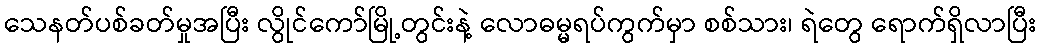
သေနတ်ပစ်ခတ်မှုအပြီး လွိုင်ကော်မြို့တွင်းနဲ့ လောဓမ္မရပ်ကွက်မှာ စစ်သား၊ ရဲတွေ ရောက်ရှိလာပြီး